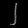
Digit: ၂